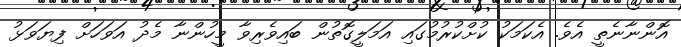
އޮންނާނެތީ އެވެ. އެކަމަކު ކުށްކުރުމުގައި އަމަލީގޮތުން ބައިވެރިވާ މީހުންނާ މެދު އަވަހަށް ފިޔަވަޅު